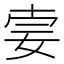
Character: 𡜌